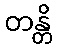
တန္တိ